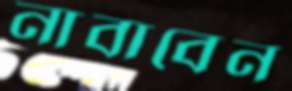
নাবাবেন